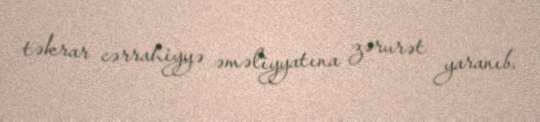
təkrar cərrahiyyə əməliyyatına zərurət yaranıb.